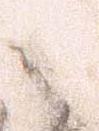
之